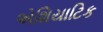
એશિયાટિક